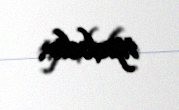
tipdədir.